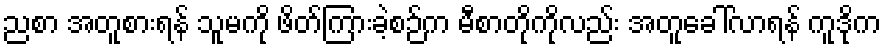
ညစာ အတူစားရန် သူမကို ဖိတ်ကြားခဲ့စဉ်က မီစာတိုကိုလည်း အတူခေါ်လာရန် ကူဒိုက